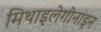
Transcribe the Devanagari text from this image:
मिथाइलेगोनाइन